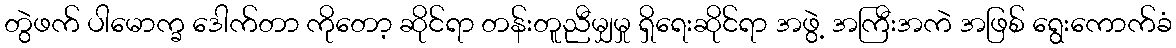
တွဲဖက် ပါမောက္ခ ဒေါက်တာ ကိုတော့ ဆိုင်ရာ တန်းတူညီမျှမှု ရှိရေးဆိုင်ရာ အဖွဲ့ အကြီးအကဲ အဖြစ် ရွေးကောက်ခံ